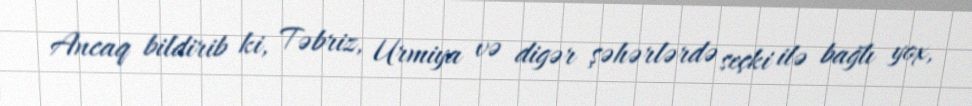
Ancaq bildirib ki, Təbriz, Urmiya və digər şəhərlərdə seçki ilə bağlı yox,